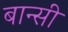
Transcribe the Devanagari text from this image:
बान्‍सी